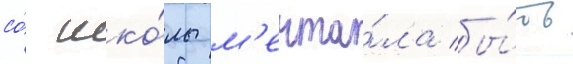
со́ шко́лы м'ечта́ла бы́ть